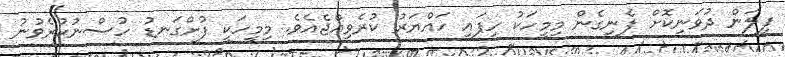
ފިލަން ދުވަނިކޮށް ފެނިގެން މިމީހަކު ހިފައި ހައްޔަރު ކުރެވިއްޖެއެވެ. މިމީހަކީ ފުށްގަނޑު ހުސްނުކުރެވުނު